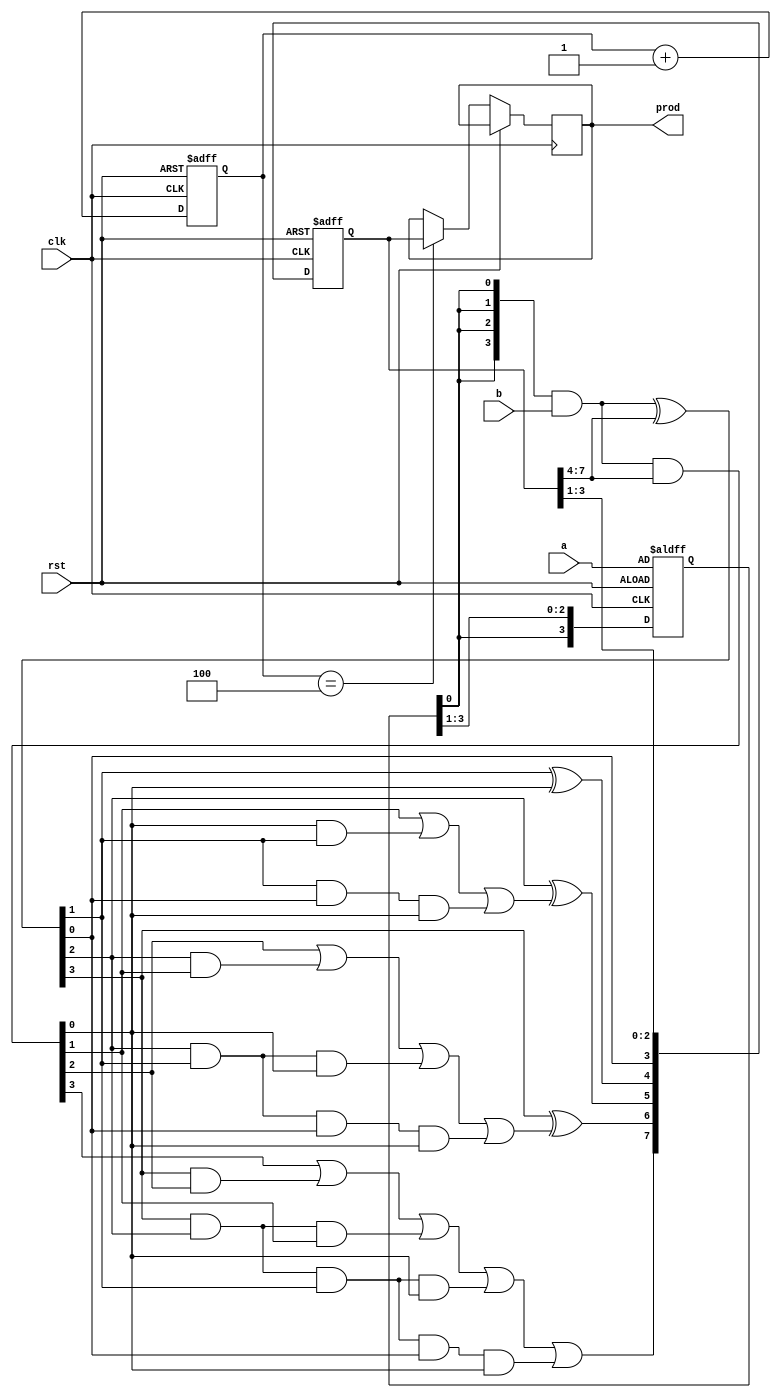
module serial_multiplier(clk, rst, a, b, prod);
	input [3:0] a,b;
	input clk, rst;
	output reg[7:0] prod;
	reg [3:0] rot_a;
	reg [2:0] cnt;
	reg [7:0] partial_prod;
	wire [3:0] g,c,s;

	assign g = ({ 4 {rot_a[0]} } & b) & partial_prod[7:4];
	assign s = ({ 4 {rot_a[0]} } & b) ^ partial_prod[7:4];
	assign c[0] = g[0];
	assign c[1] = g[1] | (g[0] & s[1]) | (s[1] & s[0] & c[0]);
	assign c[2] = g[2] | (s[2] & g[1]) | (s[2] & s[1] & g[0]) | (s[2] & s[1] & s[0] & c[0]);
	assign c[3] = g[3] | (s[3] & g[2]) | (s[3] & s[2] & g[1]) | (s[3] & s[2] & s[1] & g[0]) | (s[3] & s[2] & s[1] & s[0] & c[0]);
	
	always @ (posedge clk or posedge rst) begin
	if (rst) begin
		rot_a <= a;
		cnt <= 0;
		partial_prod <= 0;
	end
	else begin
		if(cnt==4)                                                           
		begin
			prod <= partial_prod[7:0];
		end
		partial_prod[7:0] <= {c[3], s[3] ^ c[2], s[2] ^ c[1], s[1] ^ c[0], s[0], partial_prod[3:1]};
		rot_a[3:0] <= {rot_a[0], rot_a[3:1]};
		cnt <= cnt + 1;
		end
	end
endmodule